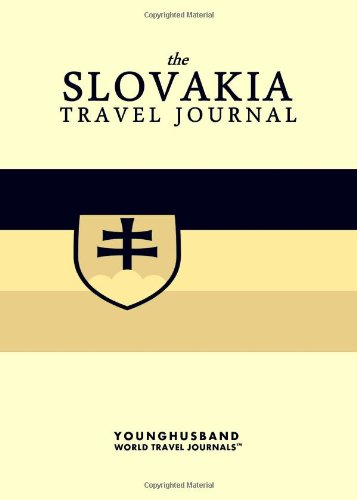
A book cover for The Slovakia Travel Journal; Younghusband World Travel Journals; Travel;